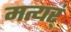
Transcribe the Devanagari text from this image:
मत्यर्ं